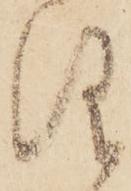
仰